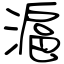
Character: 滬